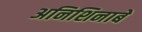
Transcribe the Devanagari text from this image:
अनिशिनाबे